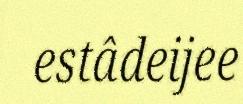
estâdeijee